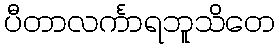
ပီတာလင်္ကာရဘူသိတေ